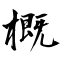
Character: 概